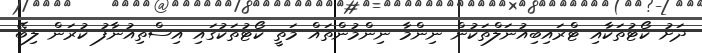
ދަށު ކޯޓުތަކާއި ޓްރައިބިއުނަލްތަކުން ނިންމާ ނިންމުންތައް މަތީ ކޯޓުތަކުގައި އިސްތިއުނާފު ކުރަން ލިބޭ